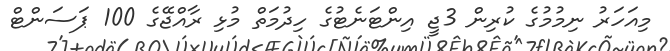
މިއަހަރު ނިމުމުގެ ކުރިން 3ޖީ އިންޓަނެޓުގެ ހިދުމަތް މުޅި ރާއްޖޭގެ 100 ޕަސަންޓް